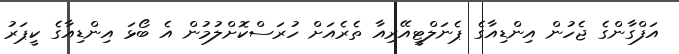
އަފްގާންގެ ޖެހުން އިންޑިއާގެ ޕެނަލްޓީއޭރިއާ ތެރެއަށް ހުރަސްކޮށްލުމުން އެ ބޯޅަ އިންޑިއާގެ ކީޕަރު